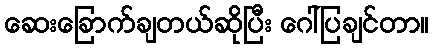
ဆေးခြောက်ချတယ်ဆိုပြီး ဂေါ်ပြချင်တာ။